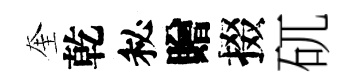
奎乾秘贈掇矹